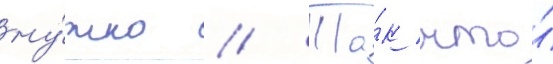
ну́жно // Та́к что́